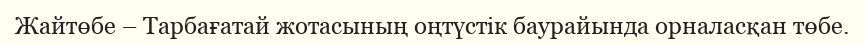
Жайтөбе – Тарбағатай жотасының оңтүстік баурайында орналасқан төбе.